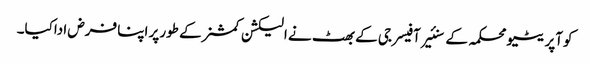
کوآپریٹیو محکمہ کے سنئیر آفیسر جی کے بھٹ نے الیکشن کمشنر کے طورپر اپنا فرض اداکیا۔